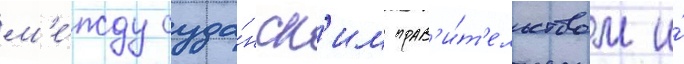
м'е́жду суда́нск'им прав'и́т'ельством и́